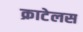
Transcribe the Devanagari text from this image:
क्राटेलस